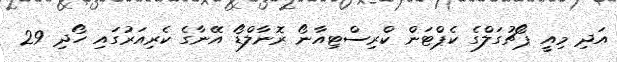
އަދި މިއީ ޕޯޗުގަލްގެ ކެޕްޓަން ކްރިސްޓިއާނޯ ރޮނާލްޑޯ އޭނާގެ ކެރިއަރުގައި ހޯދި 29